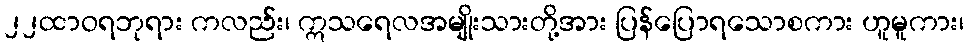
၂၂ထာဝရဘုရား ကလည်း၊ ဣသရေလအမျိုးသားတို့အား ပြန်ပြောရသောစကား ဟူမူကား၊